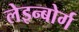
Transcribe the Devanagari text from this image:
लेइन्बोर्ग